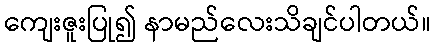
ကျေးဇူးပြု၍ နာမည်လေးသိချင်ပါတယ်။